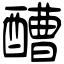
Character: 醩